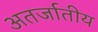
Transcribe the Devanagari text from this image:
अतर्जातीय